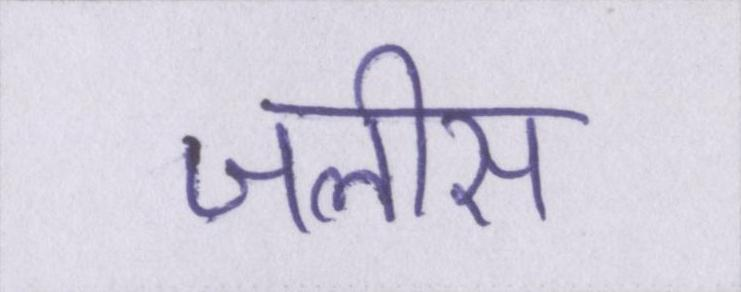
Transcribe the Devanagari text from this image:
जलीस